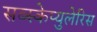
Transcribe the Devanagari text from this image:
सब्स्केप्युलेरिस